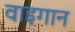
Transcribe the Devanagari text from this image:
वाइगान